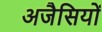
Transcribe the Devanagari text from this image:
अजैसियों